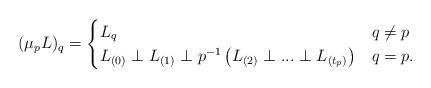
LaTeX: \begin{align*}(\mu_p L)_q=\begin{cases}L_q & q\neq p\\L_{(0)}\perp L_{(1)}\perp p^{-1}\left(L_{(2)}\perp ...\perp L_{(t_p)}\right) &q=p.\end{cases}\end{align*}